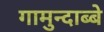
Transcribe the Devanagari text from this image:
गामुन्दाब्बे